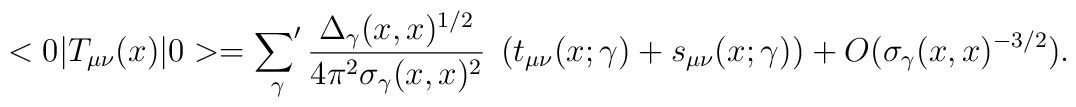
<0|T_{\mu\nu}(x)|0>  =\mathop{{\sum}'}_\gamma     {\Delta_\gamma(x,x)^{1/2}\over4\pi^2\sigma_\gamma(x,x)^2}      \; \left( t_{\mu\nu}(x;\gamma) + s_{\mu\nu}(x;\gamma) \right)      + O(\sigma_\gamma(x,x)^{-3/2}).